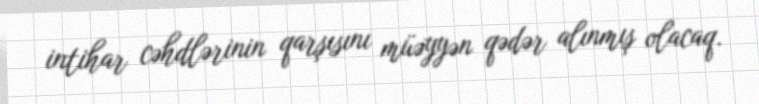
intihar cəhdlərinin qarşısını müəyyən qədər alınmış olacaq.